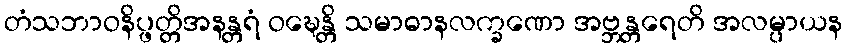
တံသဘာဝနိပ္ဖတ္တိအနန္တရံ ဝဍ္ဎေန္တိ သမာဓာနလက္ခဏော အဗ္ဘန္တရေတိ အလမ္ပာယန